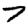
Digit: 7